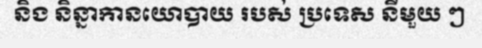
និង និន្នាកានយោបាយ របស់ ប្រទេស នីមួយ ៗ